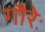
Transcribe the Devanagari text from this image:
गौरेः